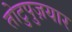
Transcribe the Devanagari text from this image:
तोटुपुज़यार